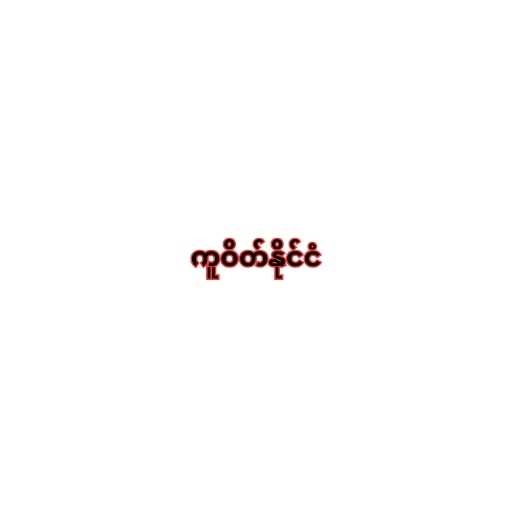
ကူဝိတ်နိုင်ငံ